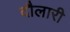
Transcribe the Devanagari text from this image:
दौलारी